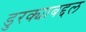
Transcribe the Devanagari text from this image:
डुरक्याबद्दल